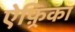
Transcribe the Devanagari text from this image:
ऐफ़्रिका